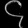
Digit: ၄